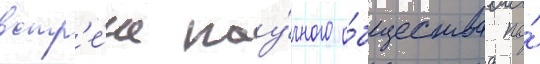
встр'е́че нау́чного о́бщества по́